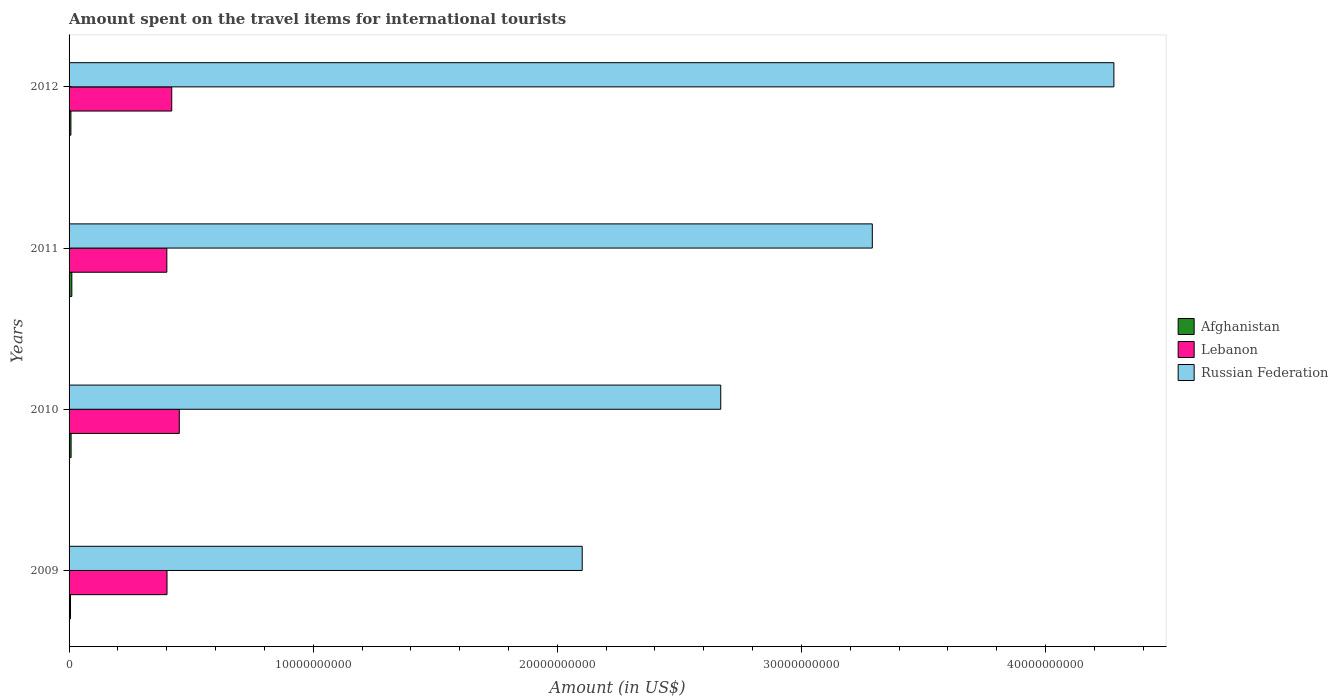
| Years | Afghanistan | Lebanon | Russian Federation |
 | --- | --- | --- | --- |
 | 2009 | 5.9e+07 | 4.01e+09 | 2.1e+10 |
 | 2010 | 8.3e+07 | 4.52e+09 | 2.67e+10 |
 | 2011 | 1.13e+08 | 4e+09 | 3.29e+10 |
 | 2012 | 7.5e+07 | 4.20e+09 | 4.28e+10 |